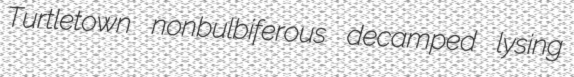
Turtletown nonbulbiferous decamped lysing